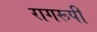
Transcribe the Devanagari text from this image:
रागरूपी